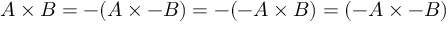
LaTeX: A \times B = - ( A \times - B ) = - ( - A \times B ) = ( - A \times - B )